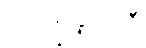
ပဒက္ခိဏဂ္ဂါဟီ